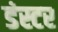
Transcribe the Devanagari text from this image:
डंस्टर